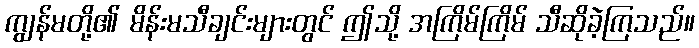
ကျွန်မတို့၏ မိန်းမသီချင်းများတွင် ဤသို့ အကြိမ်ကြိမ် သီဆိုခဲ့ကြသည်။